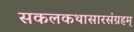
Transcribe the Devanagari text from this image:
सकलकथासारसंग्रहम्